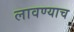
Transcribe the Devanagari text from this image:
लावण्याच